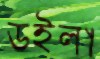
ডইলা